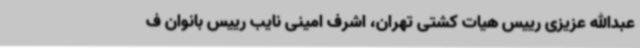
عبدالله عزیزی رییس هیات کشتی تهران، اشرف امینی نایب رییس بانوان ف